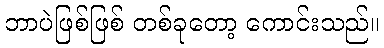
ဘာပဲဖြစ်ဖြစ် တစ်ခုတော့ ကောင်းသည်။